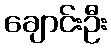
ချောင်းဦး